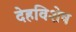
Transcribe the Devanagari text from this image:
देहविशेष